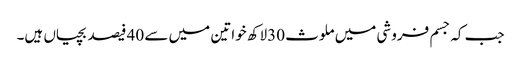
جب کہ جسم فروشی میں ملوث 30لاکھ خواتین میں سے 40 فیصد بچیاں ہیں۔